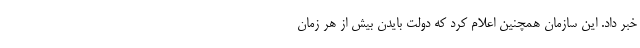
خبر داد. این سازمان همچنین اعلام کرد که دولت بایدن بیش از هر زمان